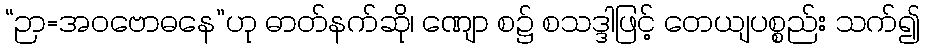
“ဉာ=အဝဗောဓနေ”ဟု ဓာတ်နက်ဆို၊ ဏျော စ၌ စသဒ္ဒါဖြင့် တေယျပစ္စည်း သက်၍